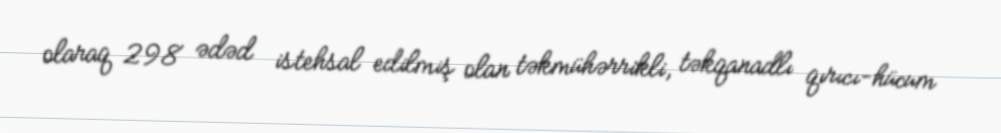
olaraq 298 ədəd istehsal edilmiş olan təkmühərrikli, təkqanadlı qırıcı-hücum